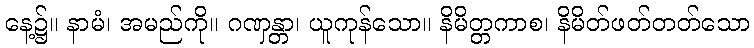
နေ့၌။ နာမံ၊ အမည်ကို။ ဂဏှန္တာ၊ ယူကုန်သော။ နိမိတ္တကာစ၊ နိမိတ်ဖတ်တတ်သော